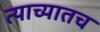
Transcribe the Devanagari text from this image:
त्याच्यातच